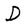
Character: D